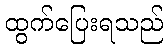
ထွက်ပြေးရသည်